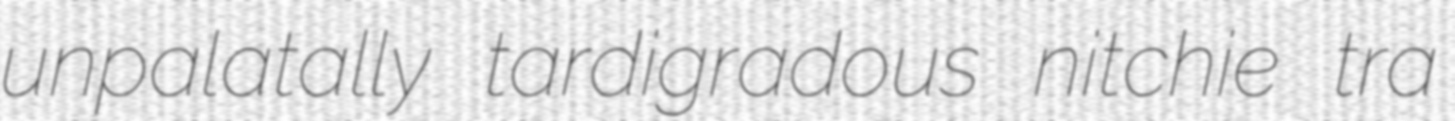
unpalatally tardigradous nitchie tra